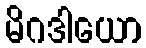
မိဂဒါယော